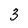
Character: 3